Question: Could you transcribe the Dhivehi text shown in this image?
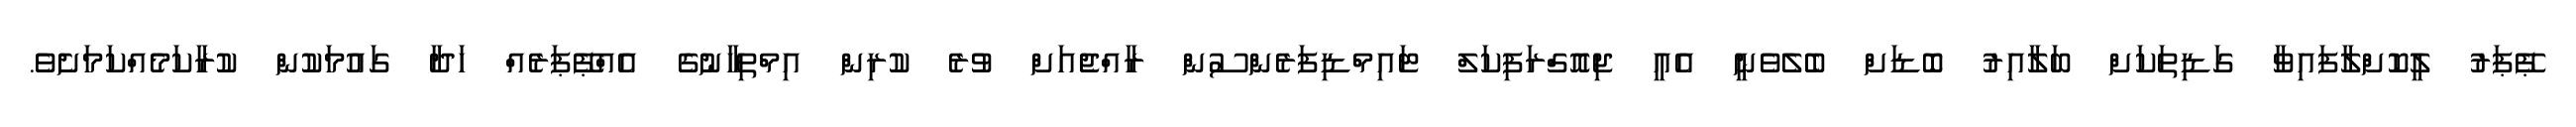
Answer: ޕޭޕަރު ލީކޮށްލާފައިވާ ގަޑިތަކަށް ބަލާއިރު ބޮޑަށް ބެލެވެނީ އެއީ ޖިއޮގްރަފިކަލް ޓައިމްޑިފަރެންސުން ރާއްޖެއަށް ވުރެ ކުރިން އިމްތިހާނުގެ އެއްޕޭޕަރެއް ހަދާ ގައުމަކުން ކުރާކަމެއްކަމަށެވެ.